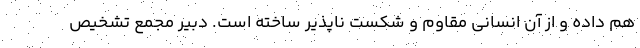
هم داده و از آن انسانی مقاوم و شکست ناپذیر ساخته است. دبیر مجمع تشخیص